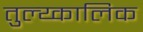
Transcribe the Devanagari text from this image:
तुल्य्कालिक